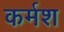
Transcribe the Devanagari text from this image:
कर्मश